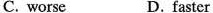
C. worse D. faster